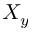
X _ { y }